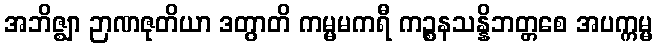
အဘိဇ္ဈာ ဉာဏဇုတိယာ ဒတွာတိ ကမ္မမကရီ ကဉ္စနသန္နိဘတ္တစေ အပက္ကမ္မ